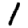
Digit: 1